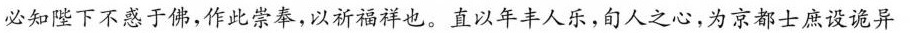
必知陛下不惑于佛，作此崇奉，以祈福祥也。直以年丰人乐，旬人之心，为京都士庶设诡异